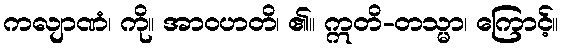
ကလျာဏံ၊ ကို။ အာဝဟတိ၊ ၏။ ဣတိ-တသ္မာ၊ ကြောင့်။